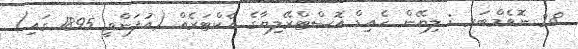
28 ނޮވެމްބަރ : ލިޔޭން ހެއިޑް އޮސްޓްރޭލިޔާގެ އެކްޓަރެއް (އުފަންވީ 1895 ގައި)